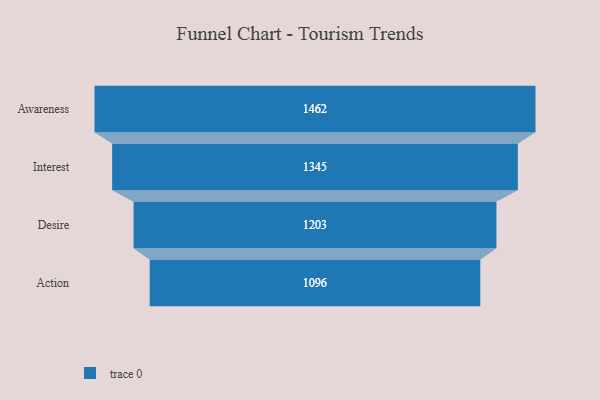
{"axis": {"x": "Stage", "y": "Value"}, "legend": [""], "data": [{"x": "Awareness", "y": 1462.0, "type": ""}, {"x": "Interest", "y": 1345.0, "type": ""}, {"x": "Desire", "y": 1203.0, "type": ""}, {"x": "Action", "y": 1096.0, "type": ""}]}